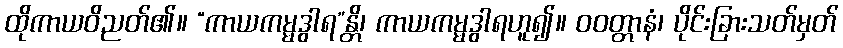
ထိုကာယဝိညတ်၏။ “ကာယကမ္မဒွါရ”န္တိ၊ ကာယကမ္မဒွါရဟူ၍။ ဝဝတ္တာနံ၊ ပိုင်းခြားသတ်မှတ်